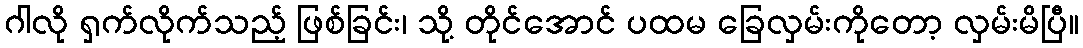
ဂါလို ရှက်လိုက်သည့် ဖြစ်ခြင်း၊ သို့ တိုင်အောင် ပထမ ခြေလှမ်းကိုတော့ လှမ်းမိပြီ။